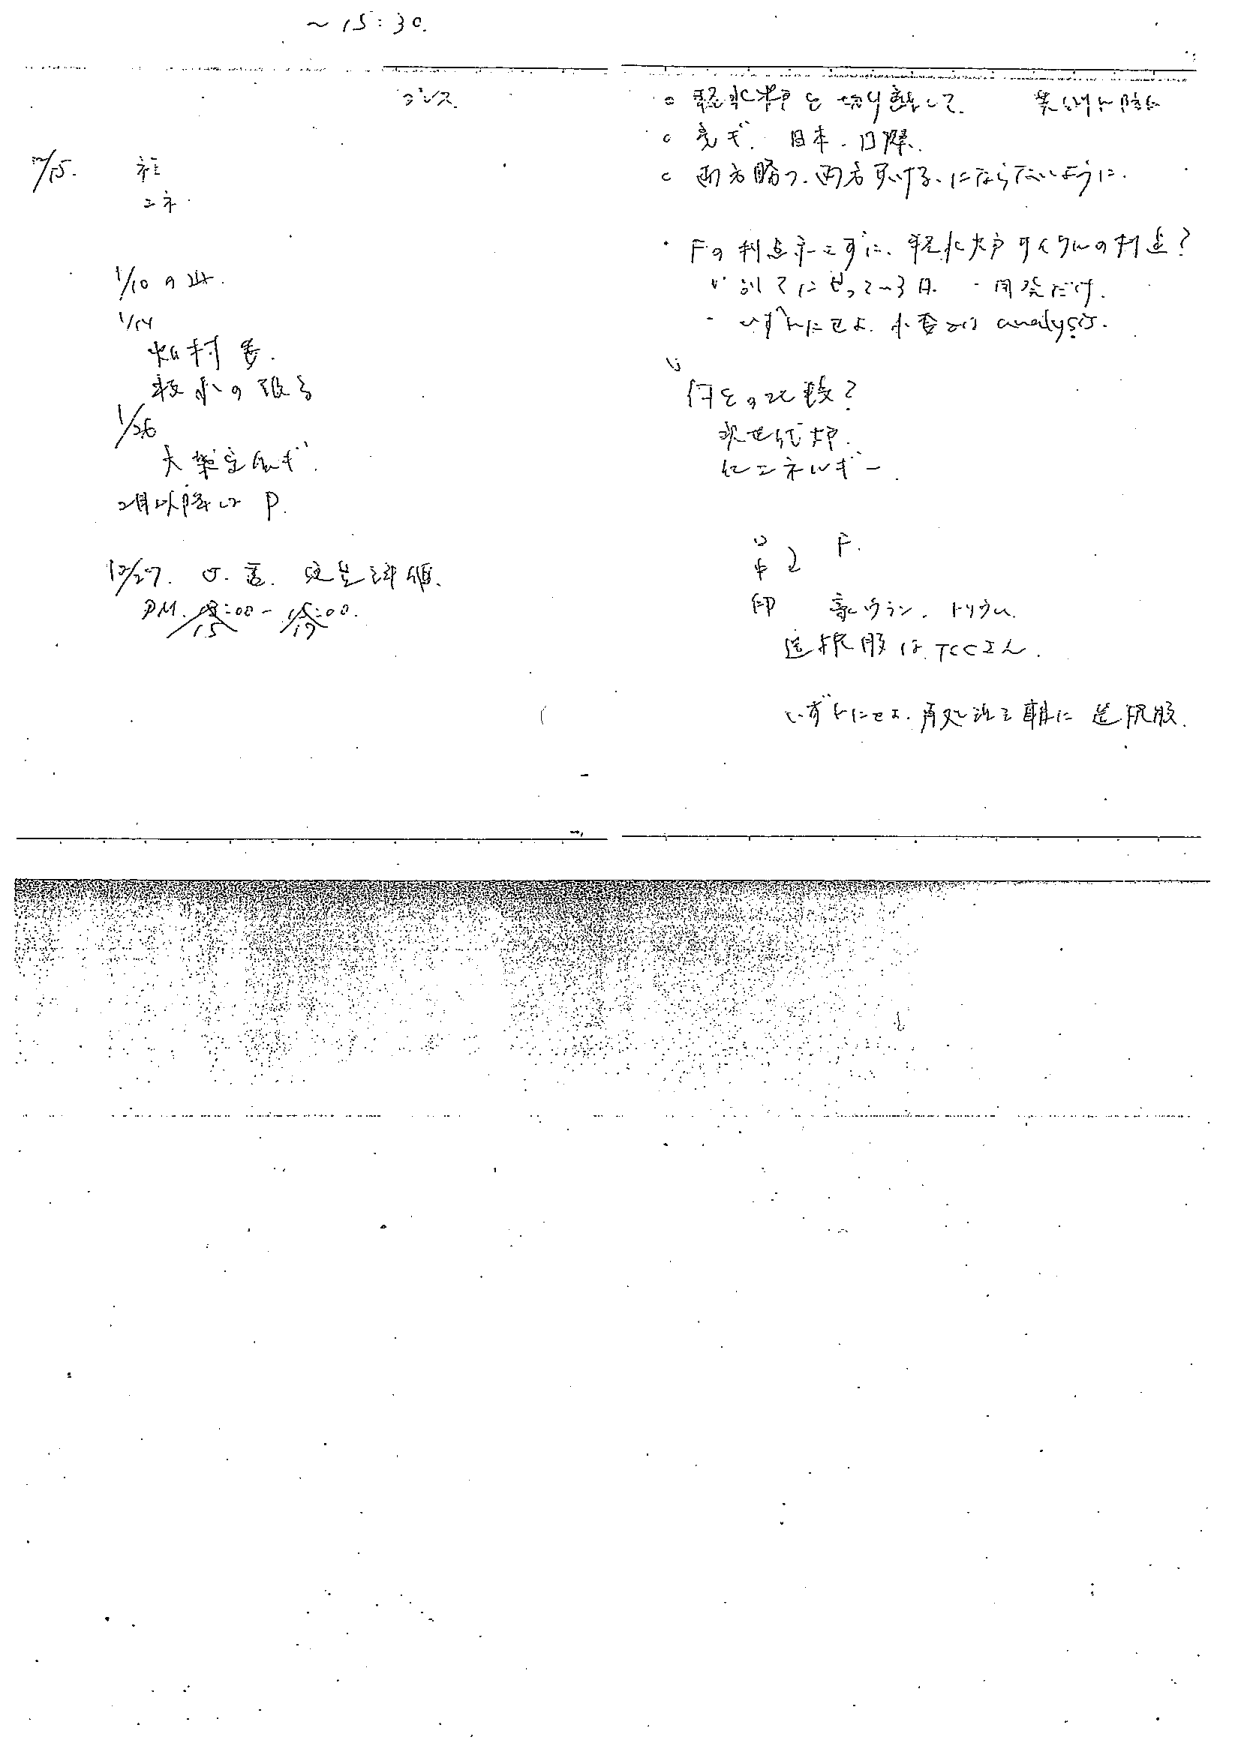
~15:30.

7/5.  註
        2年

1/10 9山.
1/14  知村秀.
        校小9組.
1/26  大柴宝風子.
        2月以降のP.

10/27.  ⑤. 西. 史上講演.
        PM. 15:00-16:00.

○ 認証水準を切り替えて.  等の例を紹介.
○ 彫式. 日本. 日曜.
○ 両方勝つ. 両方負け. にならないように.

・Fの判定まで可. 軽症大戸ワクチンの打診?
    例では2-3日. 一回だけ.
    いずれにせよ. 小委のanalysis.

○ 何を記載?
    次世代HP.
    ヒエラルキー.

○ 2 F.
印  豪ウシ. トウム.
送報用はTCCさん.

○ いずれにせよ. 再処理工事は送報版.